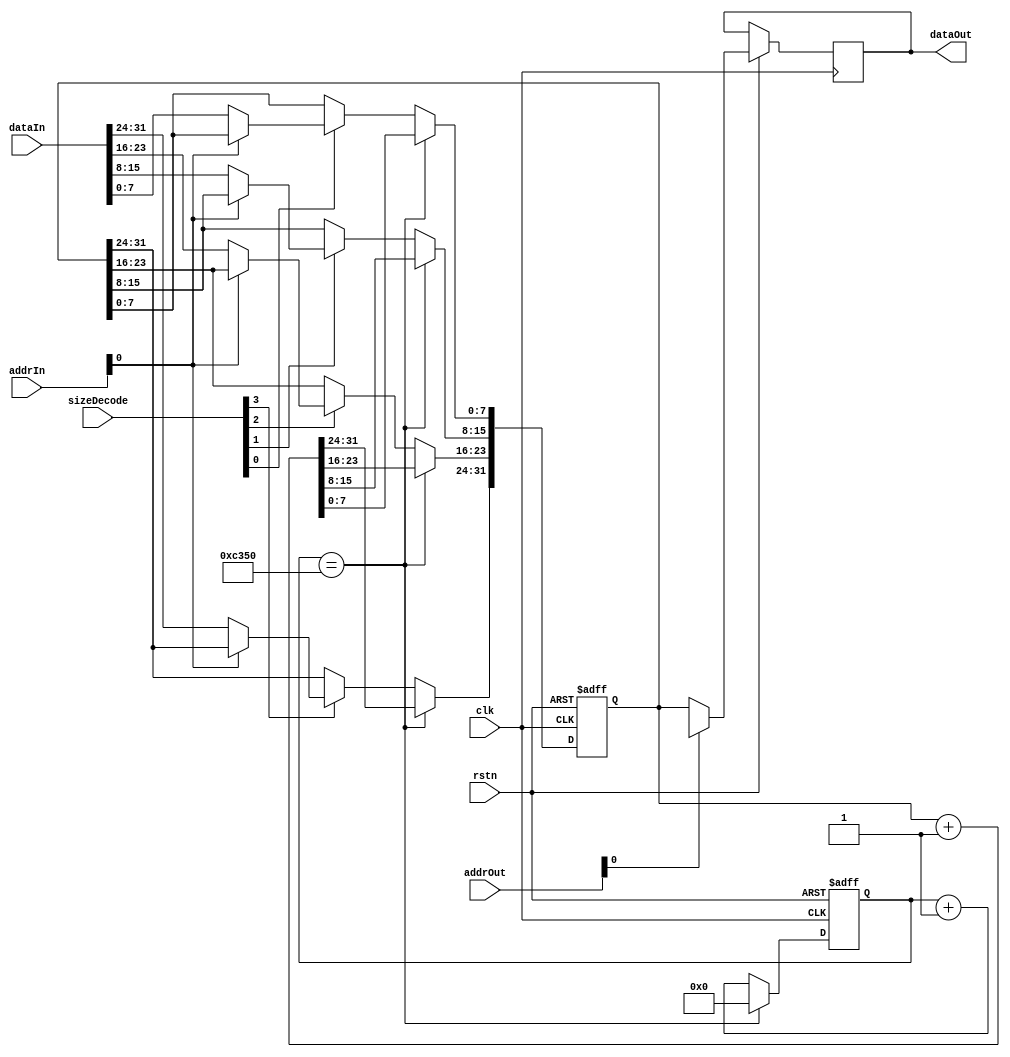
/*
 * Copyright (c) 2023 by Liyuxuan, all rights reserved.
 */

module Timer 
(
    input               clk,
    input               rstn,
    input[7:0]          addrIn,
    input[7:0]          addrOut,
    input[3:0]          sizeDecode,
    input[31:0]         dataIn,
    output reg[31:0]    dataOut
);

reg [31:0] mem [0:0];

reg [15:0] msCounter;   //50000 clk = 1 ms

always@(posedge clk or negedge rstn) 
begin
    if(~rstn)
    begin
        mem[0] <= 0;
        msCounter <=0;
    end
    else
    begin
        if(sizeDecode[0]) mem[addrIn[0]][7:0]   <= dataIn[7:0];
        if(sizeDecode[1]) mem[addrIn[0]][15:8]  <= dataIn[15:8];
        if(sizeDecode[2]) mem[addrIn[0]][23:16] <= dataIn[23:16];
        if(sizeDecode[3]) mem[addrIn[0]][31:24] <= dataIn[31:24];

        dataOut <= mem[addrOut[0]]; 

        msCounter <= msCounter + 1;
        if(msCounter == 50000)
        begin
            msCounter <= 0;
            mem[0] <= mem[0] + 1;
        end
    end
end

endmodule